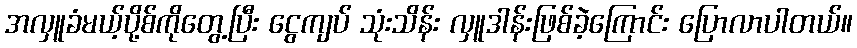
အလှူခံမယ့်ပို့စ်ကိုတွေ့ပြီး ငွေကျပ် သုံးသိန်း လှူဒါန်းဖြစ်ခဲ့ကြောင်း ပြောလာပါတယ်။